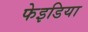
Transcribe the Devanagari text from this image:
फेइडिया